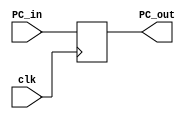
module PC (
	input wire clk,
	input wire [31:0] PC_in,
	output reg [31:0] PC_out);
	
	initial begin
		PC_out = 0;
	end 

	always @(posedge clk) begin
		PC_out = PC_in;
	end
	
endmodule